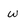
Character: W